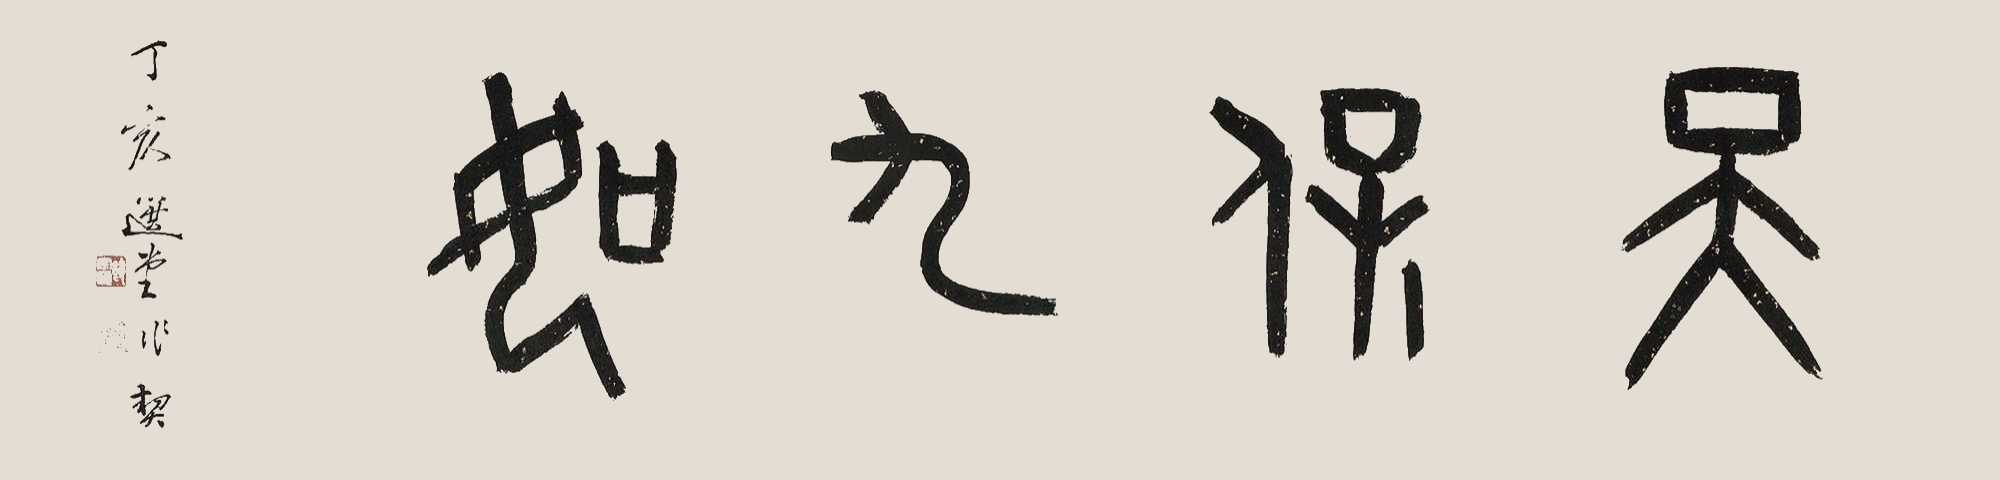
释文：天保九如。丁亥，选堂作契。